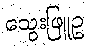
သွေးဖြူဥ